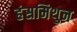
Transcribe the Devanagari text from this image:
हंसमिथुन